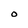
Character: O